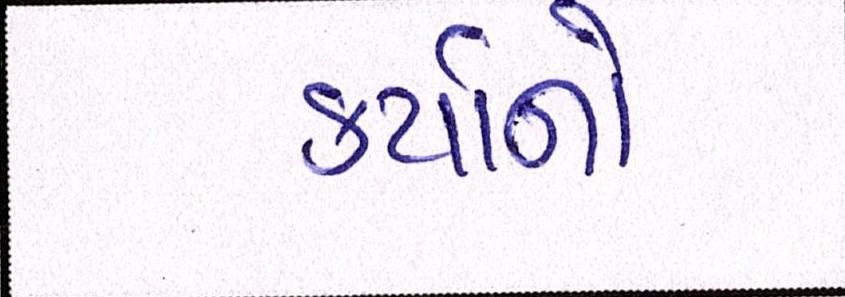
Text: કર્યાનો